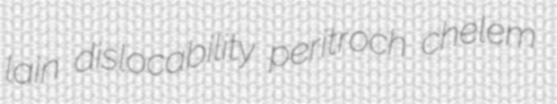
lain dislocability peritroch chelem